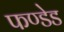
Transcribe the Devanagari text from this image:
फण्डेड